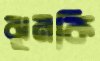
ঝুমকি